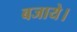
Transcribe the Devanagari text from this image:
बजाये।